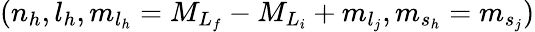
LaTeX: ({n_{h}},{l_{h}},{m}_{{l}_{h}}={M}_{L_{f}}-{M}_{L_{i}}+{m}_{l_{j}},{m}_{{s}_{h}}={m}_{s_{j}})